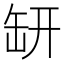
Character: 𦈨